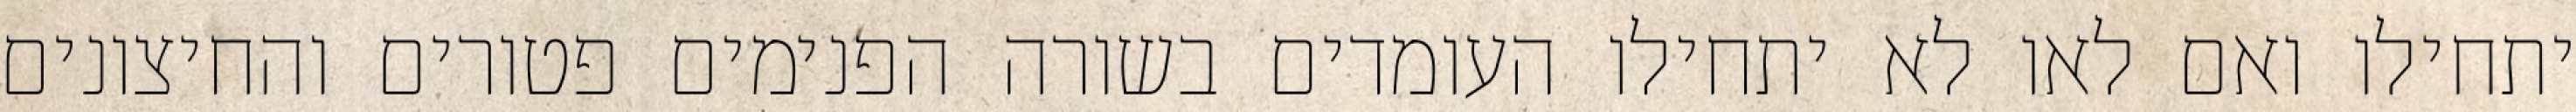
יתחילו ואם לאו לא יתחילו העומדים בשורה הפנימים פטורים והחיצונים